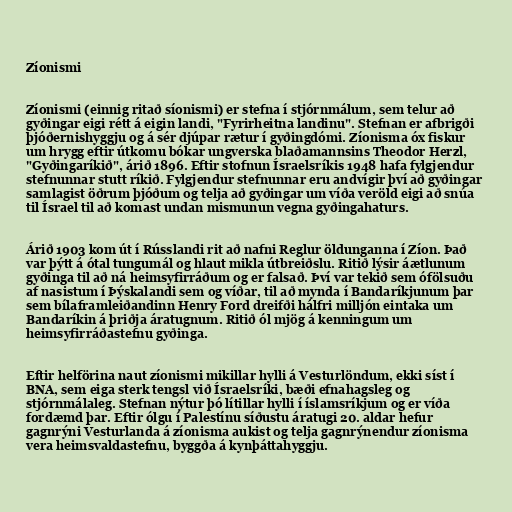
Zíonismi

Zíonismi (einnig ritað síonismi) er stefna í stjórnmálum, sem telur að
gyðingar eigi rétt á eigin landi, "Fyrirheitna landinu". Stefnan er afbrigði
þjóðernishyggju og á sér djúpar rætur í gyðingdómi. Zíonisma óx fiskur
um hrygg eftir útkomu bókar ungverska blaðamannsins Theodor Herzl,
"Gyðingaríkið", árið 1896. Eftir stofnun Ísraelsríkis 1948 hafa fylgjendur
stefnunnar stutt ríkið. Fylgjendur stefnunnar eru andvígir því að gyðingar
samlagist öðrum þjóðum og telja að gyðingar um víða veröld eigi að snúa
til Ísrael til að komast undan mismunun vegna gyðingahaturs.

Árið 1903 kom út í Rússlandi rit að nafni Reglur öldunganna í Zíon. Það
var þýtt á ótal tungumál og hlaut mikla útbreiðslu. Ritið lýsir áætlunum
gyðinga til að ná heimsyfirráðum og er falsað. Því var tekið sem ófölsuðu
af nasistum í Þýskalandi sem og víðar, til að mynda í Bandaríkjunum þar
sem bílaframleiðandinn Henry Ford dreifði hálfri milljón eintaka um
Bandaríkin á þriðja áratugnum. Ritið ól mjög á kenningum um
heimsyfirráðastefnu gyðinga.

Eftir helförina naut zíonismi mikillar hylli á Vesturlöndum, ekki síst í
BNA, sem eiga sterk tengsl við Ísraelsríki, bæði efnahagsleg og
stjórnmálaleg. Stefnan nýtur þó lítillar hylli í íslamsríkjum og er víða
fordæmd þar. Eftir ólgu í Palestínu síðustu áratugi 20. aldar hefur
gagnrýni Vesturlanda á zíonisma aukist og telja gagnrýnendur zíonisma
vera heimsvaldastefnu, byggða á kynþáttahyggju.